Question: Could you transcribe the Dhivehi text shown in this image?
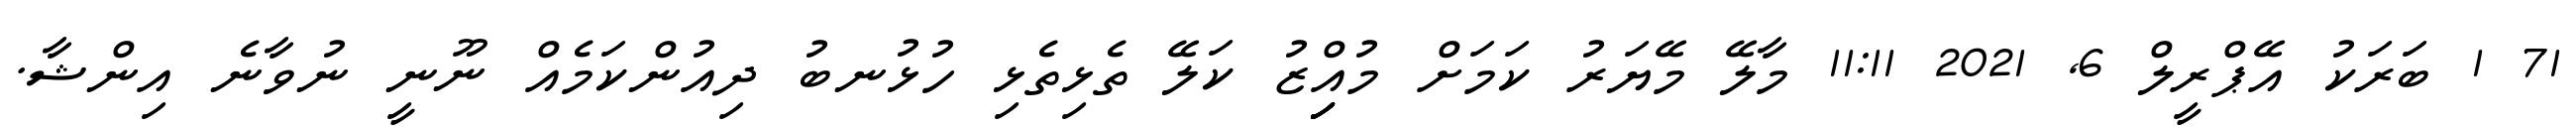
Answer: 71 1 ބަރަކު އޭޕްރީލް 6, 2021 11:11 މާލޭ މޭޔަރު ކަމަށް މުއިިިިިްޒު ކަލޭ ތެޅިތެޅި ހުޅުނބު ދިއުންކަމެއް ނޫނީ ނުވާނެ އިންޝާ.